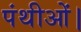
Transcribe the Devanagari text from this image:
पंथीओं।